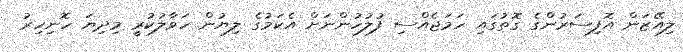
ލިއޭޒަން އޮފިސަރުންގެ ގޮތުގައި ހަމަޖެއްސި ފުލުހުންނަށް އެކަމުގެ ލިޔުން ހަވާލުކުރީ މިދިޔަ ހޮނިހިރު